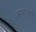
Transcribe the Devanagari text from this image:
आयताक्रुती